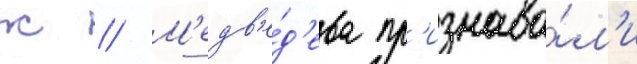
ж // М'едв'е́д'ева пр'изнава́л'и